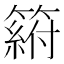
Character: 𥲛